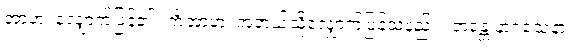
အာဟ၊ လျှောက်ပြန်၏။ ကိံအာဟ၊ အဘယ်သို့လျှောက်ပြန်သနည်း။ ဘန္တေ နာဂသေနာ၊